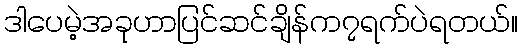
ဒါပေမဲ့အခုဟာပြင်ဆင်ချိန်က၇ရက်ပဲရတယ်။